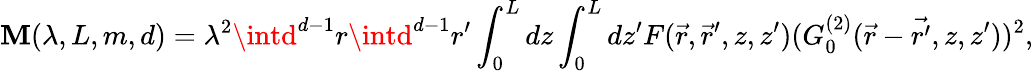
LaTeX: \mathbf{M}(\lambda,L,m,d)=\lambda^{2}\intd^{d-1}r\intd^{d-1}r^{\prime}\int_{0}^{L}dz\int_{0}^{L}dz^{\prime}F(\vec{{r}},\vec{{r}}^{\prime},z,z^{\prime})(G_{0}^{(2)}(\vec{{r}}-\vec{{{r}^{\prime}}},z,z^{\prime}))^{2},